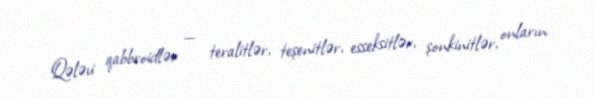
Qələvi qabbroidlər — teralitlər, teşenitlər, esseksitlər, şonkinitlər, onların